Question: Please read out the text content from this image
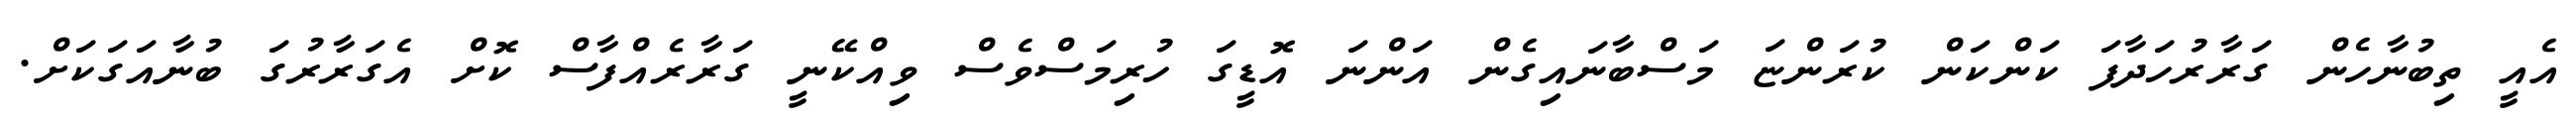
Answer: އެއީ ތިބުނާހެން ގަރާރުހަދާފަ ކަންކަން ކުރަންޏަ މަސްބާނައިގެން އަންނަ އޮޑީގަ ހުރިމަސްވެސް ވިއްކޭނީ ގަރާރެއްފާސް ކޮށް އެގަރާރުގަ ބުނާއަގަކަށް.